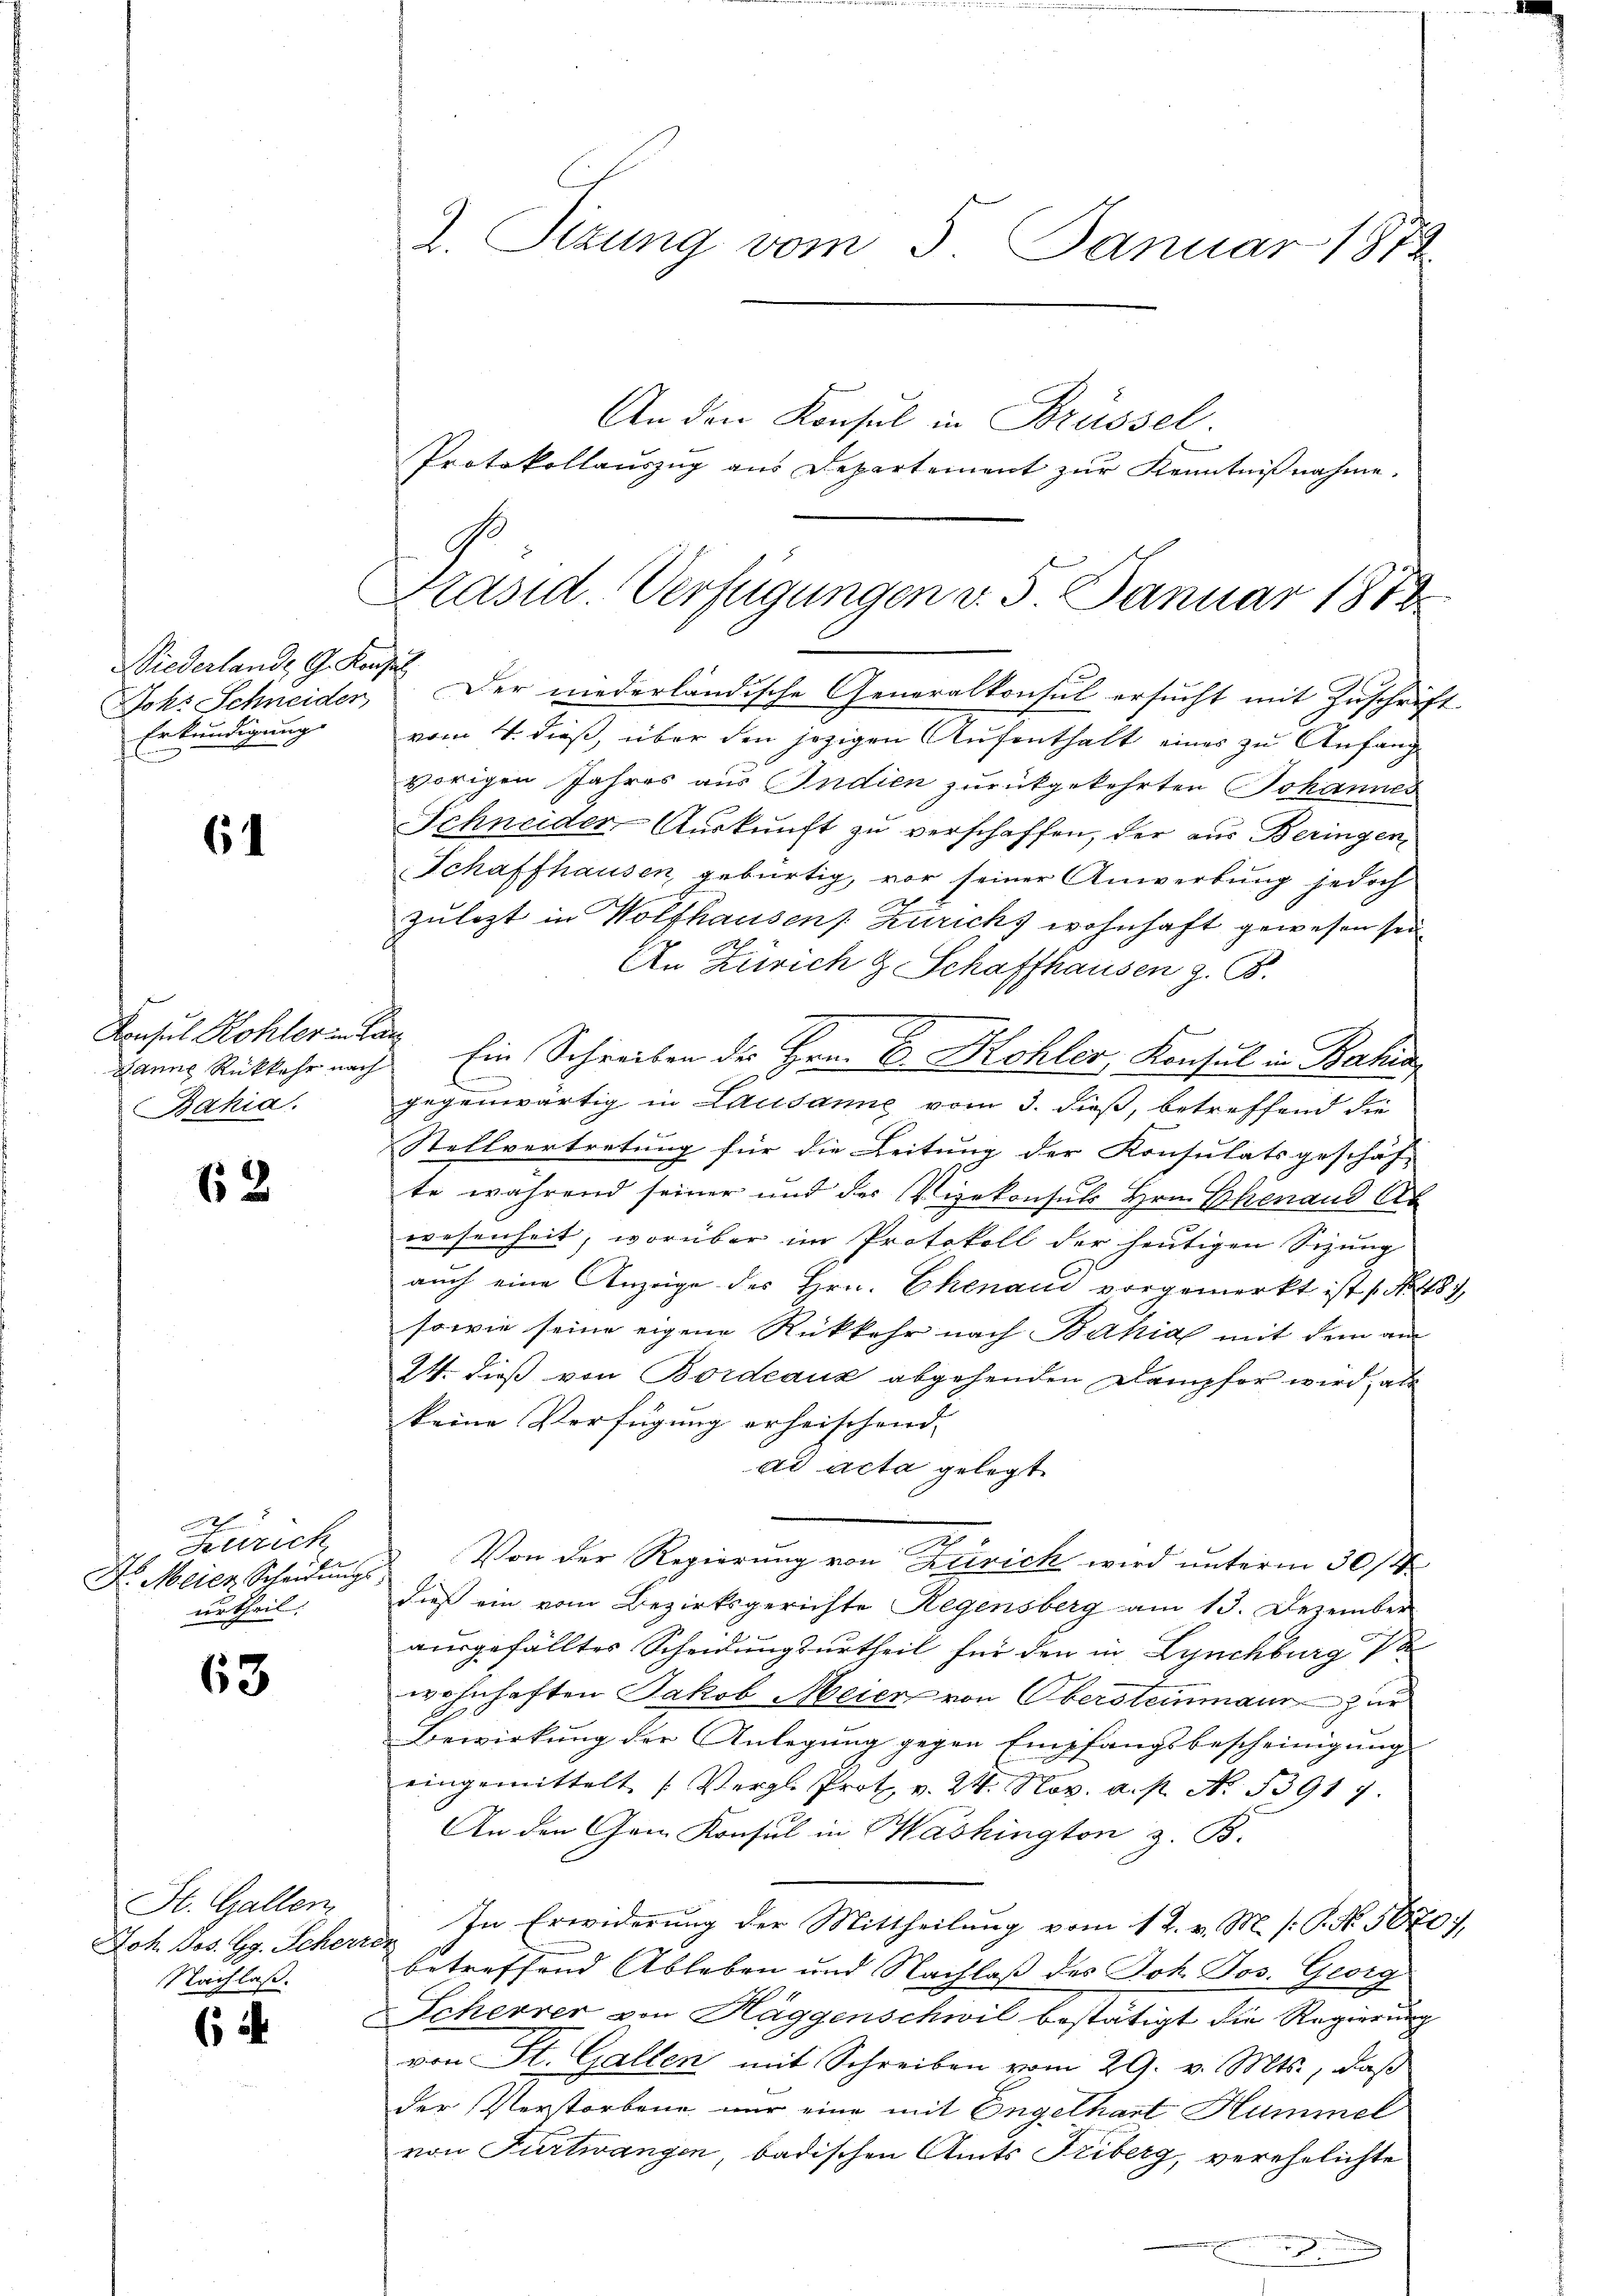
Wiederlande G. Konsul
Erkundigung

6

Consul Kohler in den
Bahia.

62

f
Attrich
Dr. Meier Scheidŭngs-
urtheil.

63

St. Gallen
Nachlaß.

6

2. Sizung vom 5. Januar 1872

An den Konsul in Brüssel.
Protokollauszug aus Departement zur Kenntnißnahme.
Joh. Schneider Der niederländische Generalkonsul ersucht mit Zuschrift
vom 4. dieß, über den jezigen Aufenthalt eines zu Anfang
vorigen Jahres aus Indien zurückgekehrten Johannes
Schneider Auskunft zu verschaffen, der aus Beringen,
Schaffhausen gebürtig, vor seiner Anwerbung jedoch
zulezt in Wolfhausen Zurichs wohnhaft gewesen sei
.
An Zürich & Schaffhausen z. B.
Hanns Rückkehr nach Ein Schreiben des Hrn. E. Kohler, Konsul in Bahia
gegenwärtig in Lausanne vom 3. dieß, betreffend die
Stellvertretung für die Leitung der Konsulatsgeschäf-
te während seiner und der Vizekonsuls Hrn. Ehenaud Ab
wesenheit, worüber im Protokoll der heutigen Sitzung
auch eine Anzeige des Hrn. Ehenaud vorgemerkt ist No 484,
sowie seine eigene Rückkehr nach Bahial mit dem am
24. dieß von Bordeaux abgehenden Dampfer wird, als
keine Verfügung erheischend. |
ad acta gelegt.
e
Von der Regierung von Zürich wird unterm 30/4
dieß ein vom Bezirksgerichte Regensberg am 13. Dezember
ausgefälltes Scheidungsurtheil für den in Lynchburg 12
wohnhaften Jakob Meier von Obersteinmaur zur
Bewirkung der Anlegung gegen Empfangsbescheinigung
eingemittelt (Vergl. Prot. v. 24. Nov. a. p. No. 53917.
An den Gan Konsul in Washington z. B.
Joh. Jos. Gg. Schers. In Erwiderung der Mittheilung vom 12. v. M. (: P. Nr. 5870),
betreffend Ableben und Nachlaß des Joh. Jos. Georg
Scheurer von Haggenschwil bestätigt die Regierung
von St. Gallen mit Schreiben vom 29. v. Mts., daß
der Verstorbene nur eine mit Engelhart Hummel
von Furtwangen, badischen Amts Triberg, verehelichte

Präsid. Verfügungen v. 5. Januar 1873